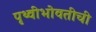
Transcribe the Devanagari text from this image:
पृथ्वीभोवतीची